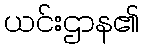
ယင်းဌာန၏